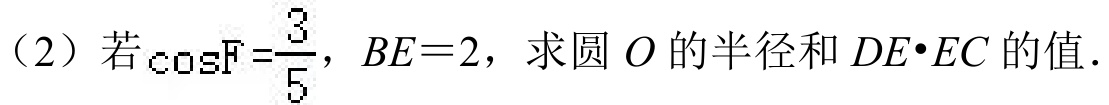
（2）若\(\cos F=\frac{3}{5}\)，\(BE = 2\)，求圆 \(O\) 的半径和 \(DE\cdot EC\) 的值.